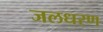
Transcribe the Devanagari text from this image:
जलधरण